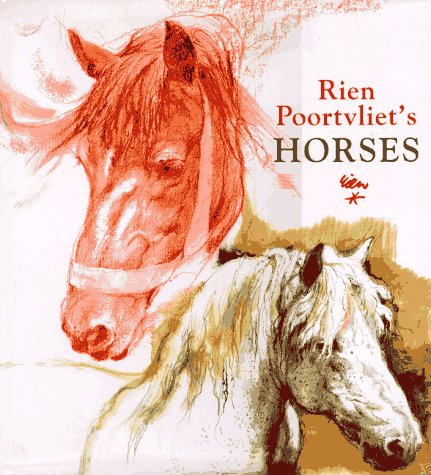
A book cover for Rien Poortvliet's Horses; Rien Poortvliet; Arts & Photography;